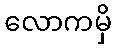
လောကမှိ